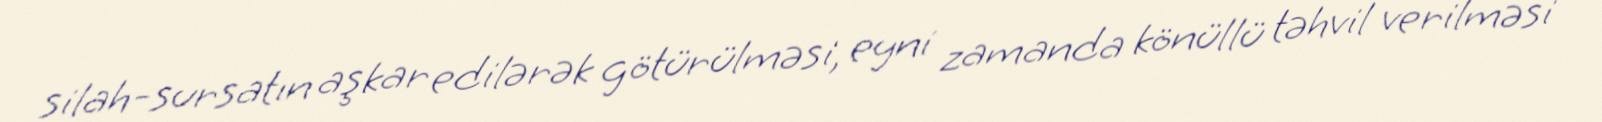
silah-sursatın aşkar edilərək götürülməsi, eyni zamanda könüllü təhvil verilməsi